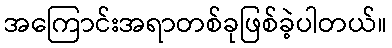
အကြောင်းအရာတစ်ခုဖြစ်ခဲ့ပါတယ်။